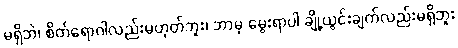
မရှိဘဲ၊ စိတ်ရောဂါလည်းမဟုတ်ဘူး၊ ဘာမှ မွေးရာပါ ချို့ယွင်းချက်လည်းမရှိဘူး